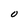
Character: O